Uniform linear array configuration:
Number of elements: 4
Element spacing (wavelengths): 0.75
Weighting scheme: hann
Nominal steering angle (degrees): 15
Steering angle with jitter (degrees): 16.785
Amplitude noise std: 0.05
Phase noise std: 0.05

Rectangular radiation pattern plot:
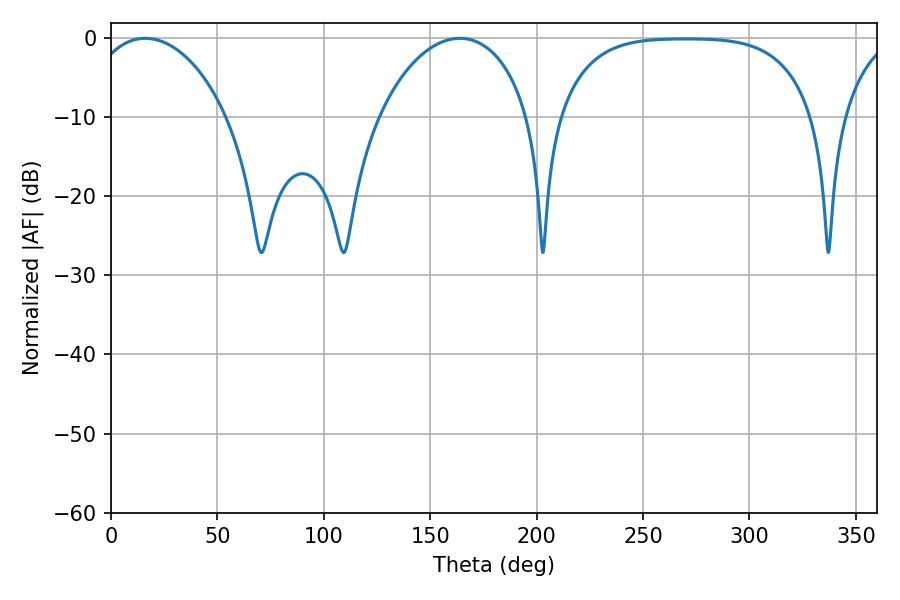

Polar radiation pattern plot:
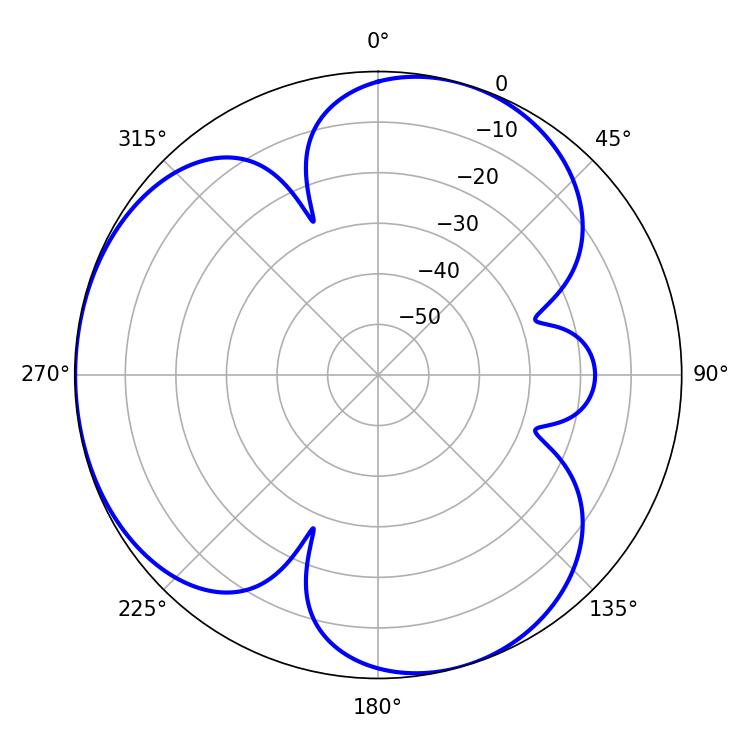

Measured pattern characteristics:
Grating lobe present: TRUE
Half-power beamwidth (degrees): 37.62
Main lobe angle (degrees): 16.02